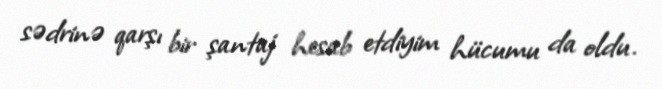
sədrinə qarşı bir şantaj hesab etdiyim hücumu da oldu.